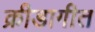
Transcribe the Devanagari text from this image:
क्रीडागीत